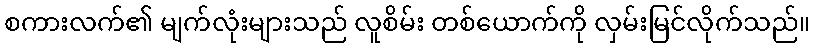
စကားလက်၏ မျက်လုံးများသည် လူစိမ်း တစ်ယောက်ကို လှမ်းမြင်လိုက်သည်။